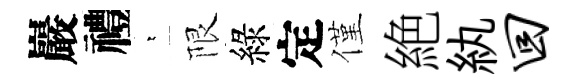
巖禮萋限綠定僅絶紈回